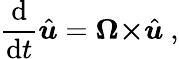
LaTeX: {\frac{\mathrm{d}}{\mathrm{d}t}}{\hat{\boldsymbol{u}}}={\boldsymbol{\Omega\times}}{\hat{\boldsymbol{u}}}\ ,